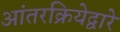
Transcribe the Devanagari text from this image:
आंतरक्रियेद्वारे